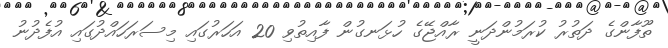
ތޫފާންގެ ދަތުރު ކުރަމުންދަނީ ރާއްޖޭގެ ހުޅަނގުން ފާއިތުވި 20 އަހަރުގައި މިސަރަހައްދުގައި އުފެދުނު